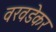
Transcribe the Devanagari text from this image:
वरवडेकर